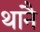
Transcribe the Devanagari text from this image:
थानै